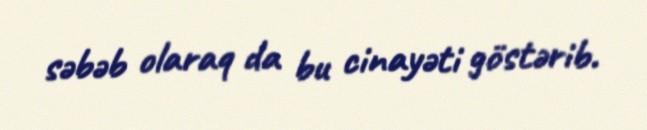
səbəb olaraq da bu cinayəti göstərib.